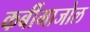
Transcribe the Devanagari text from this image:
कर्बीमाजोल